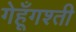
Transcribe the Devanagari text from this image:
गेहूँगश्ती